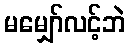
မမျှော်လင့်ဘဲ